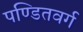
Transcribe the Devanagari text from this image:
पण्डितवर्ग